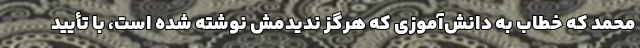
محمد که خطاب به دانش‌آموزی که هرگز ندیدمش نوشته شده است، با تأیید